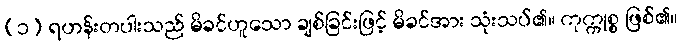
(၁) ရဟန်းတပါးသည် မိခင်ဟူသော ချစ်ခြင်းဖြင့် မိခင်အား သုံးသပ်၏။ ကုက္ကုစ္စ ဖြစ်၏။